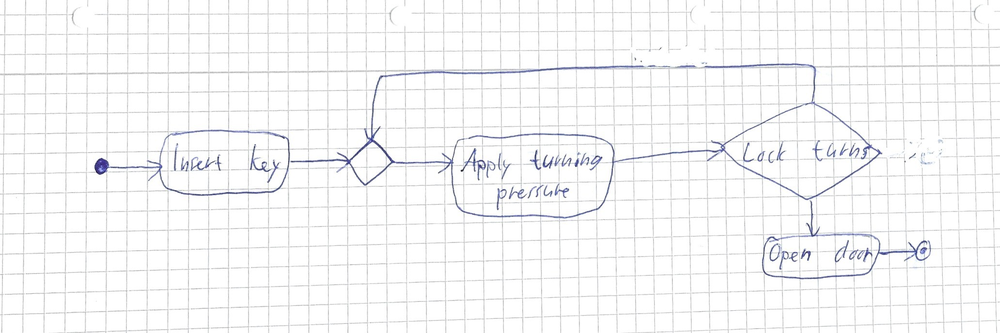
Diagram type: activity_diagram
```plantuml
@startuml

start
:Insert key;
repeat
  :Apply turning pressure;
repeat while (Lock turns)
:Open door;
stop

@enduml
```